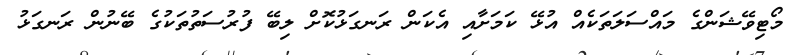
މޯޓިވޭޝަންގެ މައްސަލަތަކެއް އުޅޭ ކަމަށާއި އެކަން ރަނގަޅުކޮށް ލިބޭ ފުރުސަތުތަކުގެ ބޭނުން ރަނގަޅު